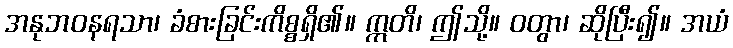
အနုဘဝနရသာ၊ ခံစားခြင်းကိစ္စရှိ၏။ ဣတိ၊ ဤသို့။ ဝတွာ၊ ဆိုပြီး၍။ အယံ